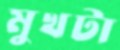
মুখটা